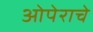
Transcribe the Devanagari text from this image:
ओपेराचे